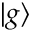
| g \rangle